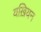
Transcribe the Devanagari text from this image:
यख़ियन